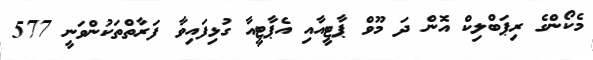
މެކޯންގެ ރިޕަބްލިކް އޮން ދަ މޫވް ޕާޓީއާއި އެޕާޓީއާ ގުޅިފައިވާ ފަރާތްތަކުންވަނީ 577